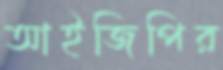
আইজিপির